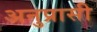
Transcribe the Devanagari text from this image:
अनुप्रासी